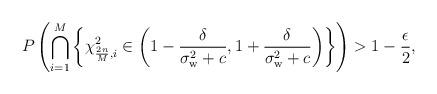
LaTeX: \begin{align*}P \left(\bigcap_{i=1}^M \left \{\chi_{\frac{2n}{M}, i}^2 \in \left (1 - \frac{\delta}{\sigma_{\rm w}^2 +c}, 1 + \frac{\delta}{\sigma_{\rm w}^2 +c}\right ) \right\}\right) > 1- \frac{\epsilon}{2},\end{align*}